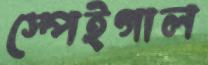
স্পেইগাল